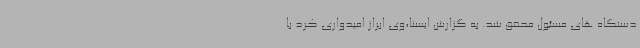
دستگاه های مسئول محقق شد. به گزارش ایسنا،وی ابراز امیدواری کرد با